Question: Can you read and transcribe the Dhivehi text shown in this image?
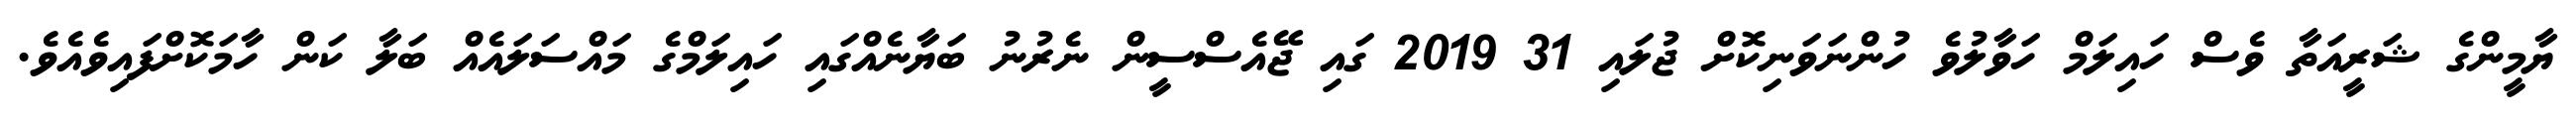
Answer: ޔާމީންގެ ޝަރީއަތާ ވެސް ހައިލަމް ހަވާލުވެ ހުންނަވަނިކޮށް ޖުލައި 31 2019 ގައި ޖޭއެސްސީން ނެރުނު ބަޔާނެއްގައި ހައިލަމްގެ މައްސަލައެއް ބަލާ ކަން ހާމަކޮށްފައިވެއެވެ.